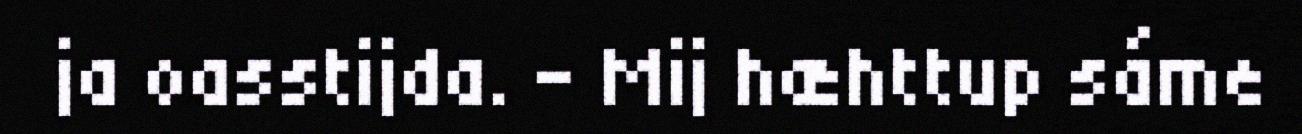
ja oasstijda. – Mij hæhttup sáme